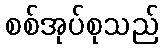
စစ်အုပ်စုသည်